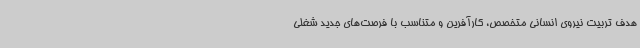
هدف تربیت نیروی انسانی متخصص، کارآفرین و متناسب با فرصت‌های جدید شغلی